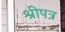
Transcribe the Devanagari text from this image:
श्रीपत्र